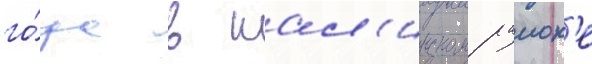
го́да в шал'инском раион'е